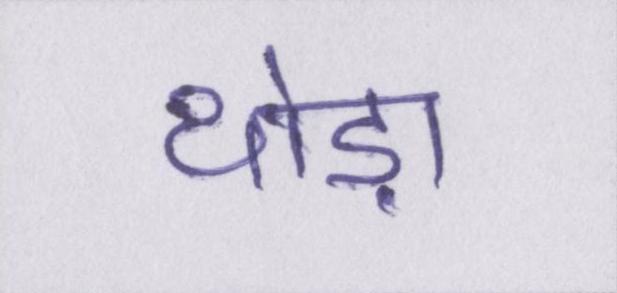
थोड़ा